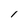
Character: l